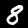
Digit: 8